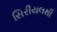
સિરીયલથી